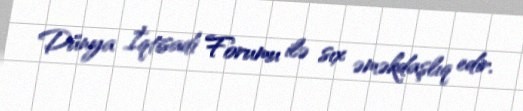
Dünya İqtisadi Forumu ilə sıx əməkdaşlıq edir.